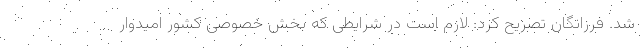
شد. فرزانگان تصریح کرد: لازم است در شرایطی که بخش خصوصی کشور امیدوار